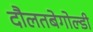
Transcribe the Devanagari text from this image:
दौलतबेगोल्डी